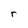
Character: r